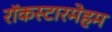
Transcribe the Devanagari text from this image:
रॉकस्टारमेहम